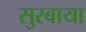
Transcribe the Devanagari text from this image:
सुरबाया